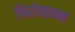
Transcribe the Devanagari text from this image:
चिरोत्सन्न